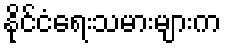
နိုင်ငံရေးသမားများက